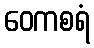
ဝေကစရံ